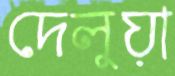
দেলুয়া